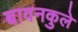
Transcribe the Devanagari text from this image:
बावनकुले